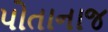
પોતાનાજ